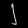
Digit: ၂